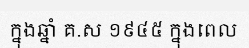
ក្នុងឆ្នាំ គ.ស ១៩៤៥ ក្នុងពេល